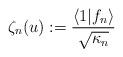
LaTeX: \begin{align*}\zeta_n(u) :=\frac{\langle 1 | f_n \rangle}{\sqrt {\kappa_n}} \end{align*}